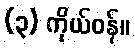
(၃) ကိုယ်ဝန်။